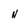
Character: N